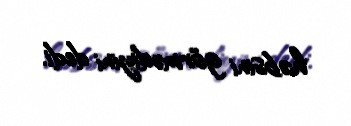
həbsini görmədiyini dedi.